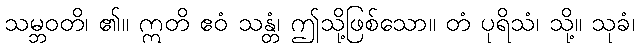
သမ္ဘဝတိ၊ ၏။ ဣတိ ဧဝံ သန္တံ၊ ဤသို့ဖြစ်သော။ တံ ပုရိသံ၊ သို့။ သုခံ၊